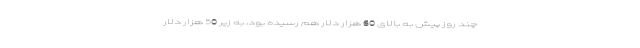
چند روز پیش به بالای 60 هزار دلار هم رسیده بود، به زیر 50 هزار دلار